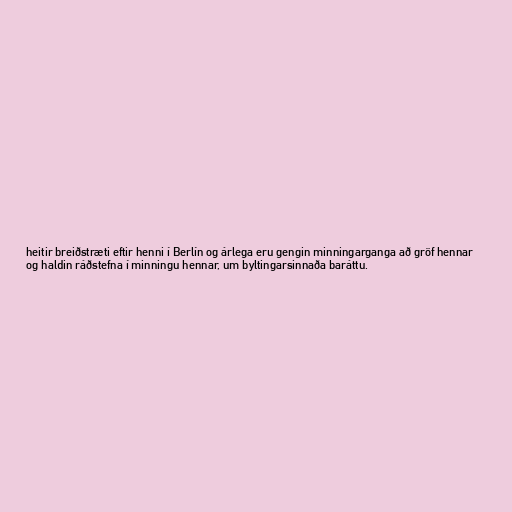
heitir breiðstræti eftir henni í Berlín og árlega eru gengin minningarganga að gröf hennar
og haldin ráðstefna í minningu hennar, um byltingarsinnaða baráttu.